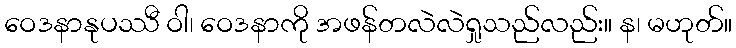
ဝေဒနာနုပဿီ ဝါ၊ ဝေဒနာကို အဖန်တလဲလဲရှုသည်လည်း။ န၊ မဟုတ်။